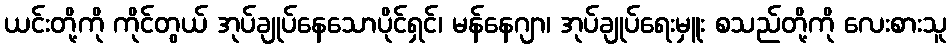
ယင်းတို့ကို ကိုင်တွယ် အုပ်ချုပ်နေသောပိုင်ရှင်၊ မန်နေဂျာ၊ အုပ်ချုပ်ရေးမှူး စသည်တို့ကို လေးစားသူ